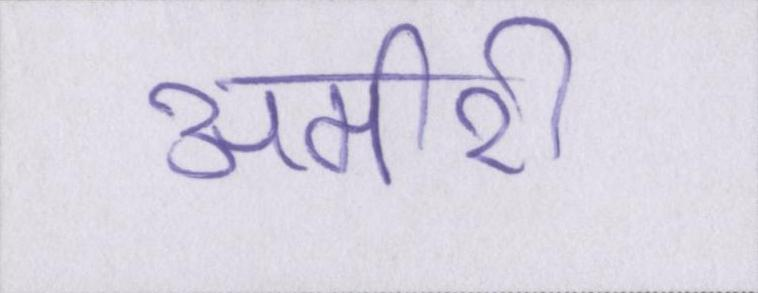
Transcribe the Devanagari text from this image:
अमीरी